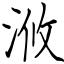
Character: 浟